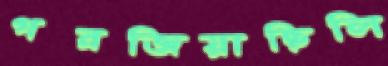
গরজিয়াছিলি